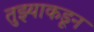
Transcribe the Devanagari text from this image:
तुझ्याकडून